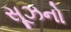
સૂઝનો